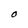
Character: O